Medical and sanitary report of the native army of Bengal for the year
Year: 1878
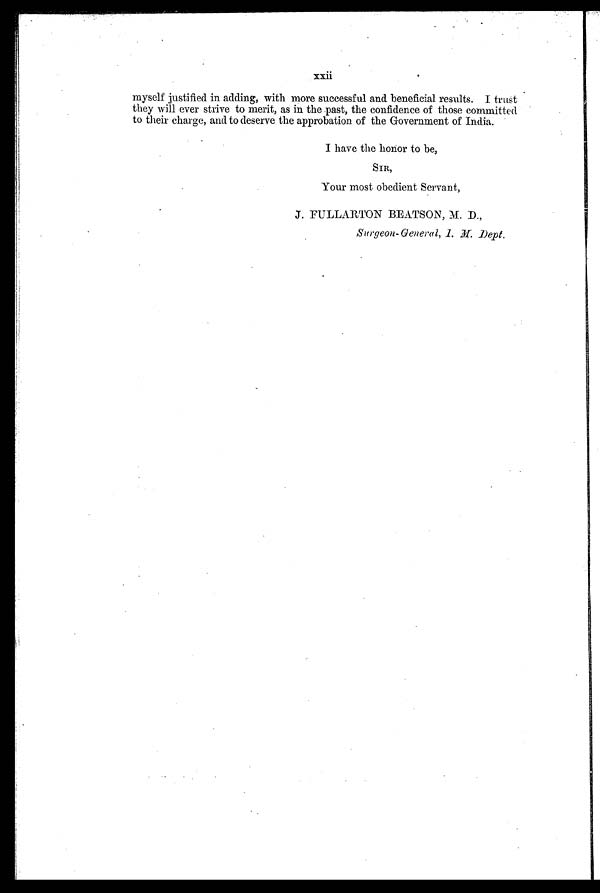
xxii
myself justified in adding, with more successful and beneficial results. I trust
they will ever strive to merit, as in the past, the confidence of those committed.
to their charge, and to deserve the approbation of the Government of India.
I have the honor to be,
SIR,
Your most obedient Servant,
J. FULLARTON BEATSON, M. D.,
Surgeon-General, I. M. Dept.